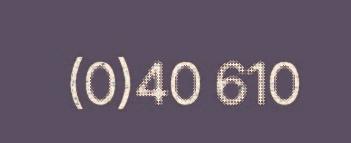
(0)40 610